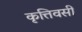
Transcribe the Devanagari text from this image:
कृत्तिवसी